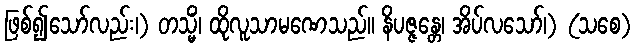
ဖြစ်၍သော်လည်း၊) တသ္မိံ၊ ထိုလူသာမဏေသည်။ နိပဇ္ဇန္တေ၊ အိပ်လသော်၊) (သစေ)